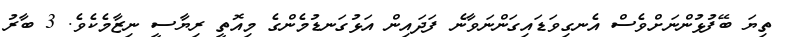
ތިޔަ ބޭފުޅުންނަށްވެސް އެނގިވަޑައިގަންނަވާނެ ފަދައިން އަޅުގަނޑުމެންގެ މިއޮތީ ރިޔާސީ ނިޒާމެކެވެ. 3 ބާރު